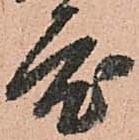
度